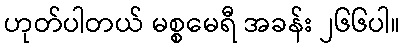
ဟုတ်ပါတယ် မစ္စမေရီ အခန်း ၂၆၆ပါ။